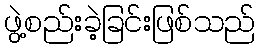
ဖွဲ့စည်းခဲ့ခြင်းဖြစ်သည်